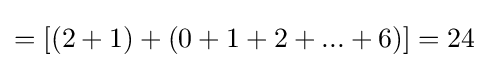
=[(2+1)+(0+1+2+...+6)]=24